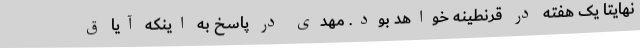
نهایتاً یک هفته در قرنطینه خواهد بود. مهدی در پاسخ به اینکه آیا ق